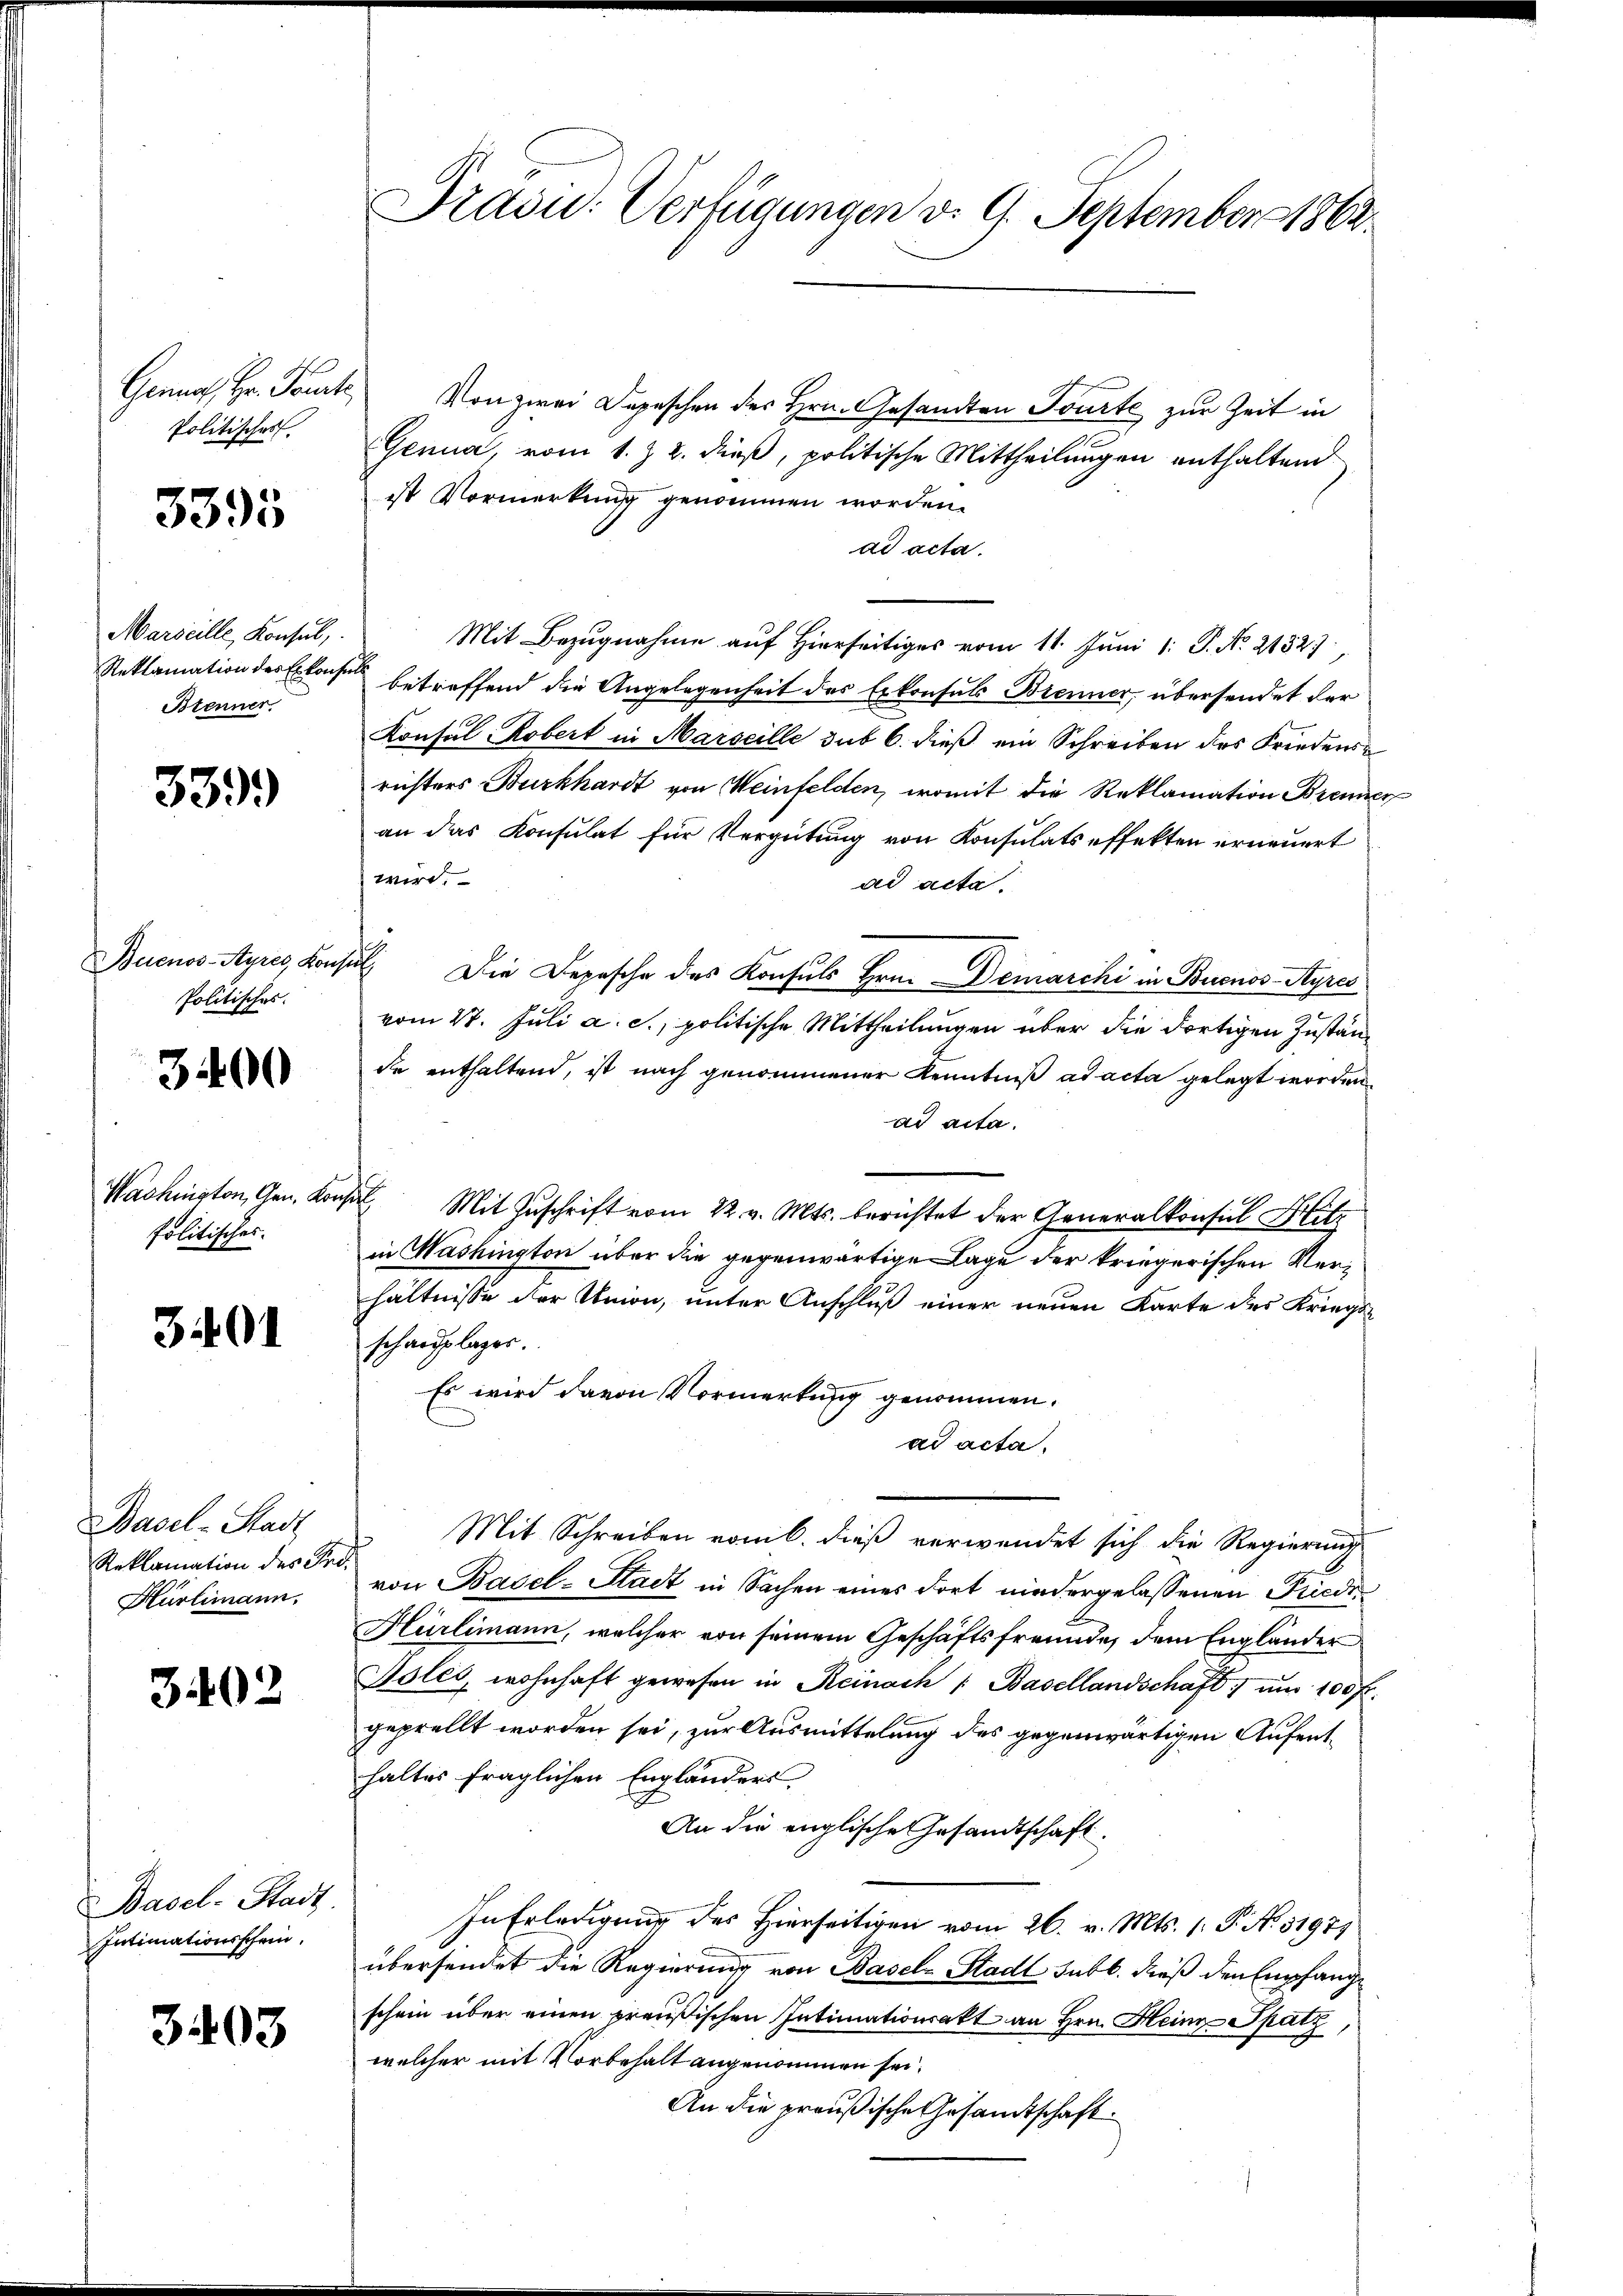
Politisches.

3395

Marseille, Konsul,
Btenner

339.

Politisches.

3400

Washington, Gen. Kor
folitisches.

3401

Basel-Stadt
Hürlimann.

3402

Basel-Stadt
Intimationsschein.

3403

Pradu Verfügungen d. 9. September 1862.

Genua, Hr. Tourt von zwei Depeschen des Hrn. Gesandten Tourte zur Zeit in
Genua, vom 1. & 2. dieβ, politische Mittheilŭngen enthaltend
ist Vormerkung genommen worden.
ad acta.
Mit Bezugnahme auf Hierseitiges vom 11. Juni 1: P. No. 21527,
Reklamation des Erkonsen betreffend die Angelegenheit des Erkonsuls Brenner, übersendet der
Konsul-Robert in Marseille sub 6. dieβ ein Schreiben des Friedensrichters Burkhardt von Weinfelden, womit die Reklamation Brenner
an das Konsulat für Vergütung von Konsulats effekten erneuert
wird.
ad acta.
Buenos-Ayres, Konsul Die Depesche des Konsuls Hrn. Demarchi in Buenos-Ayres
vom 27. Juli a. c., politische Mittheilungen über die dortigen Zustande enthaltend, ist nach genommener Kenntniß ad acta gelegt werden.
ad acta.
ohn Mit Zuschrift vom 22. v. Mts. berichtet der Generalkonsul Hitz
in Washington über die gegenwärtige Lage der kriegerischen Verhältnisse der Union, unter Anschluß einer neuen Karte des Kriegsschauflages.
Es wird davon Vormerkung genommen.
ad acta.
Mit Schreiben vom 6. dieß verwendet sich die Regierung
Reklamation des Fr. von Basel-Stadt in Sachen eines dort niedergelassenen Friedi¬
Hürlimann, welcher von seinem Geschäftsfreunde, dem Engländer
Solés, wohnhaft gewesen in Reinach /: Basellandschaft) und 100 fr.
geprellt worden sei, zur Ausmittelung des gegenwärtigen Aufenthaltes fraglichen Engländers.
An die englische Gesandtschaft.
In Erledigung des Hierseitigen vom 26. v. Mts. 1. P. Nr. 31971
übersendet die Regierung von Basel-Stadt sub b. dieß den Empfangschein über einen preußischen Intimationsakt an Hrn. Heinz-Spatz,
welcher mit Vorbehalt angenommen sei.
An die preußische Gesandtschaft